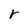
Character: r